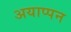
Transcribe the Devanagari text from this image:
अयाप्पन